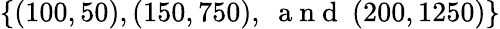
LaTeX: \{ (100,50),(150,750),~\mathrm{~a~n~d~}~(200,1250)\}